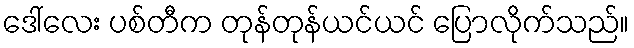
ဒေါ်လေး ပစ်တီက တုန်တုန်ယင်ယင် ပြောလိုက်သည်။